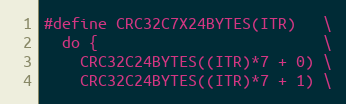
Language: C++
#define CRC32C7X24BYTES(ITR)   \
  do {                         \
    CRC32C24BYTES((ITR)*7 + 0) \
    CRC32C24BYTES((ITR)*7 + 1) \